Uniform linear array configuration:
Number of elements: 48
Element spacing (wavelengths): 0.5
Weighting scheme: uniform
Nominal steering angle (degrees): -60
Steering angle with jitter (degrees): -60.528
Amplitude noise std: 0.05
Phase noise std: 0.05

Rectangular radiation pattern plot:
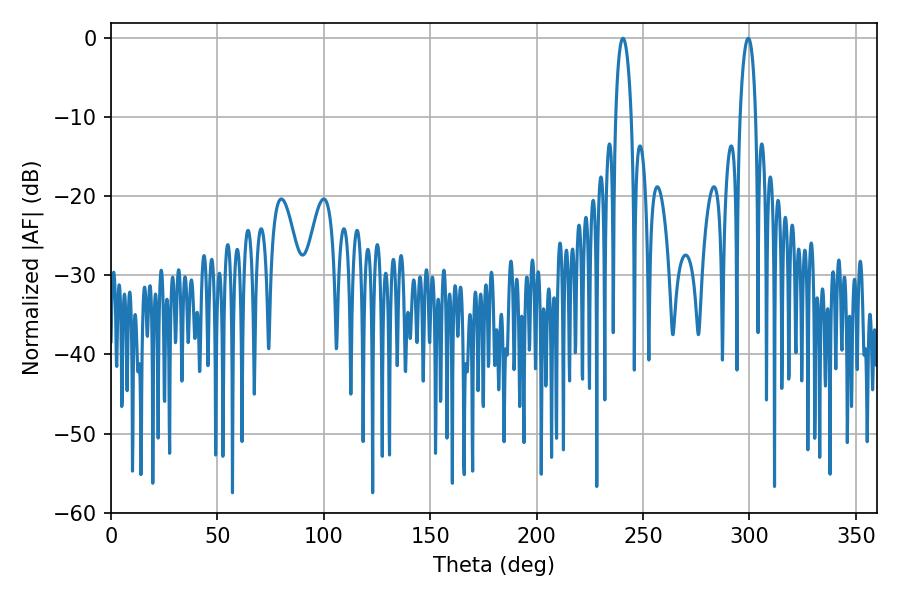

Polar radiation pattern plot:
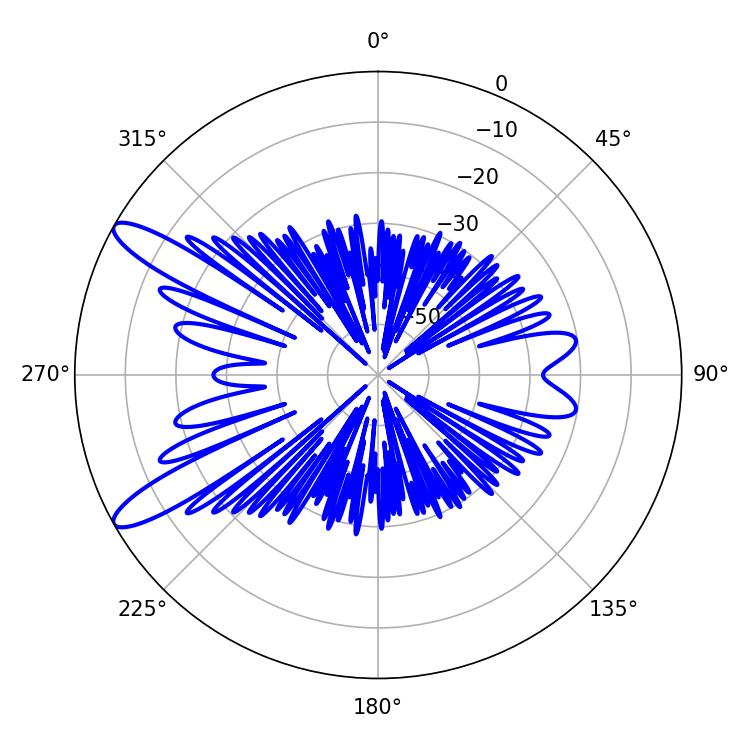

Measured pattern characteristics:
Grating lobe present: FALSE
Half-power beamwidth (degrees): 4.14
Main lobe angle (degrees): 299.52